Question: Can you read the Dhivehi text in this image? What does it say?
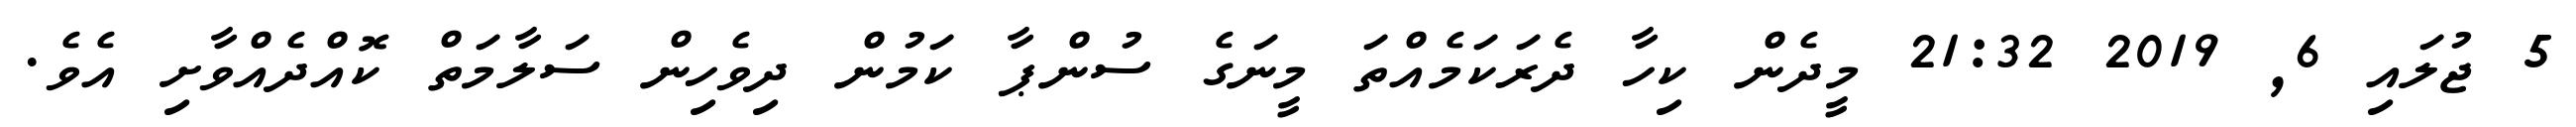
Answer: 5 ޖުލައި 6, 2019 21:32 މީދެން ކިހާ ދެރަކަމެއްތަ މީނަގެ ސުންޕާ ކަމުން ދިވެހިން ސަލާމަތް ކޮއްދެއްވާށި އެވެ.